Report on horse surra - Volume I
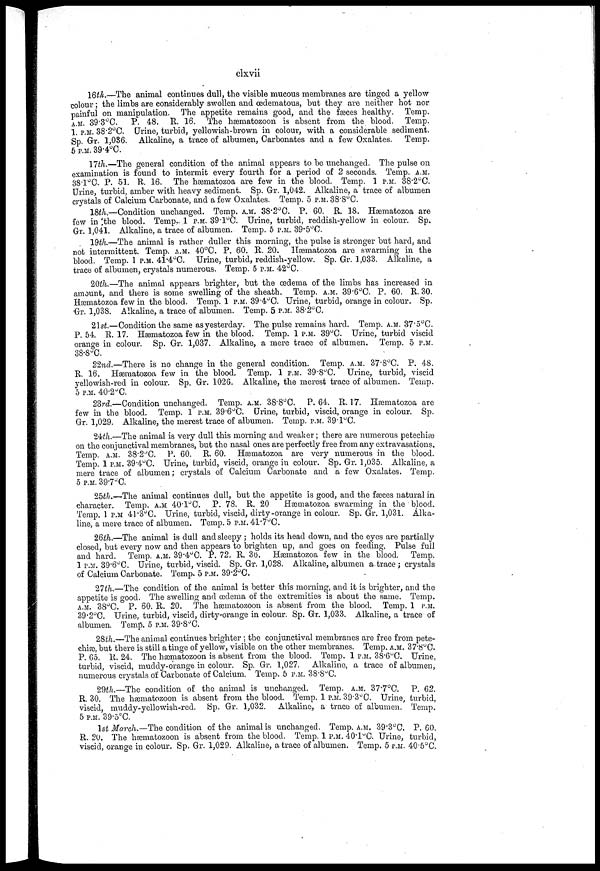
clxvii
16th.—The animal continues dull, the visible mucous membranes are tinged a yellow
colour; the limbs are considerably swollen and œdematous, but they are neither hot nor.
painful on manipulation. The appetite remains good, and the feces healthy. Temp.
A.M. 39.3°C. P. 48. R. 16. The hæmatozoon is absent from the blood. Temp.
1. P.M. 38.2°C. Urine, turbid, yellowish-brown in colour, with a considerable sediment.
Sp. Gr. 1,036. Alkaline, a trace of albumen, Carbonates and a few Oxalates. Temp.
5 P.M. 39.4°C.
17th.—The general condition of the animal appears to be unchanged. The pulse on
examination is found to intermit every fourth for a period of 2 seconds. Temp. A.M.
38.1°C. P. 51. R. 16. The hæmatozoa are few in the blood. Temp. 1 P.M. 38.2°C.
Urine, turbid, amber with heavy sediment. Sp. Gr. 1,042. Alkaline, a trace of albumen
crystals of Calcium Carbonate, and a few Oxalates. Temp. 5 P.M. 38.8°C.
18th.—Condition unchanged. Temp. A.M. 38.2°C. P. 60. R. 18. Hæmatozoa are
few in the blood. Temp. 1 P.M. 39.1°C. Urine, turbid, reddish-yellow in colour. Sp.
Gr. 1,041. Alkaline, a trace of albumen. Temp. 5 P.M. 39.5°C.
19th—The animal is rather duller this morning, the pulse is stronger but hard, and
not intermittent. Temp. A.M. 40°C. P. 60. R. 20. Hæmatozoa are swarming in the
blood. Temp. 1 P.M. 41.4°C. Urine, turbid, reddish-yellow. Sp. Gr. 1,033. Alkaline, a
trace of albumen, crystals numerous. Temp. 5 P.M. 42°C.
20th.—The animal appears brighter, but the oedema of the limbs has increased in
amount, and there is some swelling of the sheath. Temp. A.M. 39.6°C. P. 60. R. 30.
Hæmatozoa few in the blood. Temp. 1 P.M. 39.4°C. Urine, turbid, orange in colour. Sp.
Gr. 1,038. Alkaline, a trace of albumen. Temp. 5 P.M. 38.2°C.
21st.—Condition the same as yesterday. The pulse remains hard. Temp. A.M. 37.5°C.
P. 54. R. 17. Hæmatozoa few in the blood. Temp. 1 P.M. 39°C. Urine, turbid viscid
orange in colour. Sp. Gr. 1,037. Alkaline, a mere trace of albumen. Temp. 5 P.M.
38.8ºC.
22nd.—There is no change in the general condition. Temp. A.M. 37.8°C. P. 48.
R. 16. Hæmatozoa few in the blood. Temp. 1 P.M. 39.8ºC. Urine, turbid, viscid
yellowish-red in colour. Sp. Gr. 1026. Alkaline, the merest trace of albumen. Temp.
5 P.M. 40.2°C.
23rd.—Condition unchanged. Temp. A.M. 38.8°C. P. 64. R. 17. Hæmatozoa are
few in the blood. Temp. 1 P.M. 39.6°C. Urine, turbid, viscid, orange in colour. Sp.
Gr. 1,029. Alkaline, the merest trace of albumen. Temp. P.M. 39.1ºC.
24th—The animal is very dull this morning and weaker; there are numerous petechias
on the conjunctival membranes, but the nasal ones are perfectly free from any extravasations.
Temp. A.M. 38.2°C. P. 60. R. 60. Hæmatozoa are very numerous in the blood.
Temp. 1 P.M. 39.4°C. Urine, turbid, viscid, orange in colour. Sp. Gr. 1,035. Alkaline, a
mere trace of albumen; crystals of Calcium Carbonate and a few Oxalates. Temp.
5 P.M. 39.7°C.
25th—The animal continues dull, but the appetite is good, and the faeces natural in
character. Temp. a.m 40.1ºC. P. 78. R. 20
Hæmatozoa swarming in the blood.
Temp. 1 p.m 41.3ºC. Urine, turbid, viscid, dirty-orange in colour. Sp. Gr. 1,031. Alka-
line, a mere trace of albumen. Temp. 5 P.M. 41.7ºC.
26th.—The animal is dull and sleepy; holds its head down, and the eyes are partially
closed, but every now and then appears to brighten up, and goes on feeding, Pulse full
and hard. Temp. A.M. 39.4°C. P. 72. R. 36. Hæmatozoa few in the blood. Temp.
1 P.M. 39.6°C. Urine, turbid, viscid. Sp. Gr. 1,028. Alkaline, albumen a trace; crystals
of Calcium Carbonate. Temp. 5 P.M. 39.2°C.
27th—The condition of the animal is better this morning, and it is brighter, and the
appetite is good. The swelling and oedema of the extremities is about the same. Temp.
A.M. 38°C. P. 60. R. 20. The hæmatozoon is absent from the blood. Temp. 1 P.M.
39.2°C. Urine, turbid, viscid, dirty-orange in colour. Sp. Gr. 1,033. Alkaline, a trace of
albumen. Temp. 5 P.M. 39.8°C.
28th.—The animal continues brighter; the conjunctival membranes are free from pete-
chise, but there is still a tinge of yellow, visible on the other membranes. Temp. A.M. 37.8°C.
P. 65. R. 24. The hæmatozoon is absent from the blood. Temp. 1 P.M. 38.6°C. Urine,
turbid, viscid, muddy-orange in colour. Sp. Gr. 1,027. Alkaline, a trace of albumen,
numerous crystals of Carbonate of Calcium. Temp. 5 P.M. 38.8°C,
29th—The condition of the animal is unchanged. Temp. A.M. 37.7°C, P. 62.
R. 30. The hæmatozoon is absent from the blood. Temp. 1 P.M. 39.3°C. Urine, turbid,
viscid, muddy-yellowish-red. Sp. Gr. 1,032. Alkaline, a trace of albumen. Temp.
5 P.M. 39.5°C.
1st March.—The condition of the animal is unchanged. Temp. A.M. 39.3°C. P. 60.
R. 20. The hæmatozoon is absent from the blood. Temp. 1 P.M. 40.1°C. Urine, turbid,
viscid, orange in colour. Sp. Gr. 1,029. Alkaline, a trace of albumen. Temp. 5 P.M. 40.5°C,